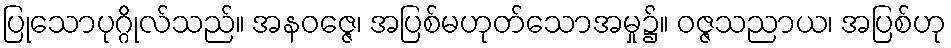
ပြုသောပုဂ္ဂိုလ်သည်။ အနဝဇ္ဇေ၊ အပြစ်မဟုတ်သောအမှု၌။ ဝဇ္ဇသညာယ၊ အပြစ်ဟု